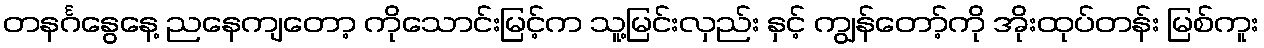
တနင်္ဂနွေနေ့ ညနေကျတော့ ကိုသောင်းမြင့်က သူ့မြင်းလှည်း နှင့် ကျွန်တော့်ကို အိုးထုပ်တန်း မြစ်ကူး